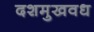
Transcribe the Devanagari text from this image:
दशमुखवध